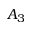
A _ { 3 }